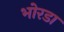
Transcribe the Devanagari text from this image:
भोरडा